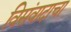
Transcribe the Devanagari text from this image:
विसंवादाचा